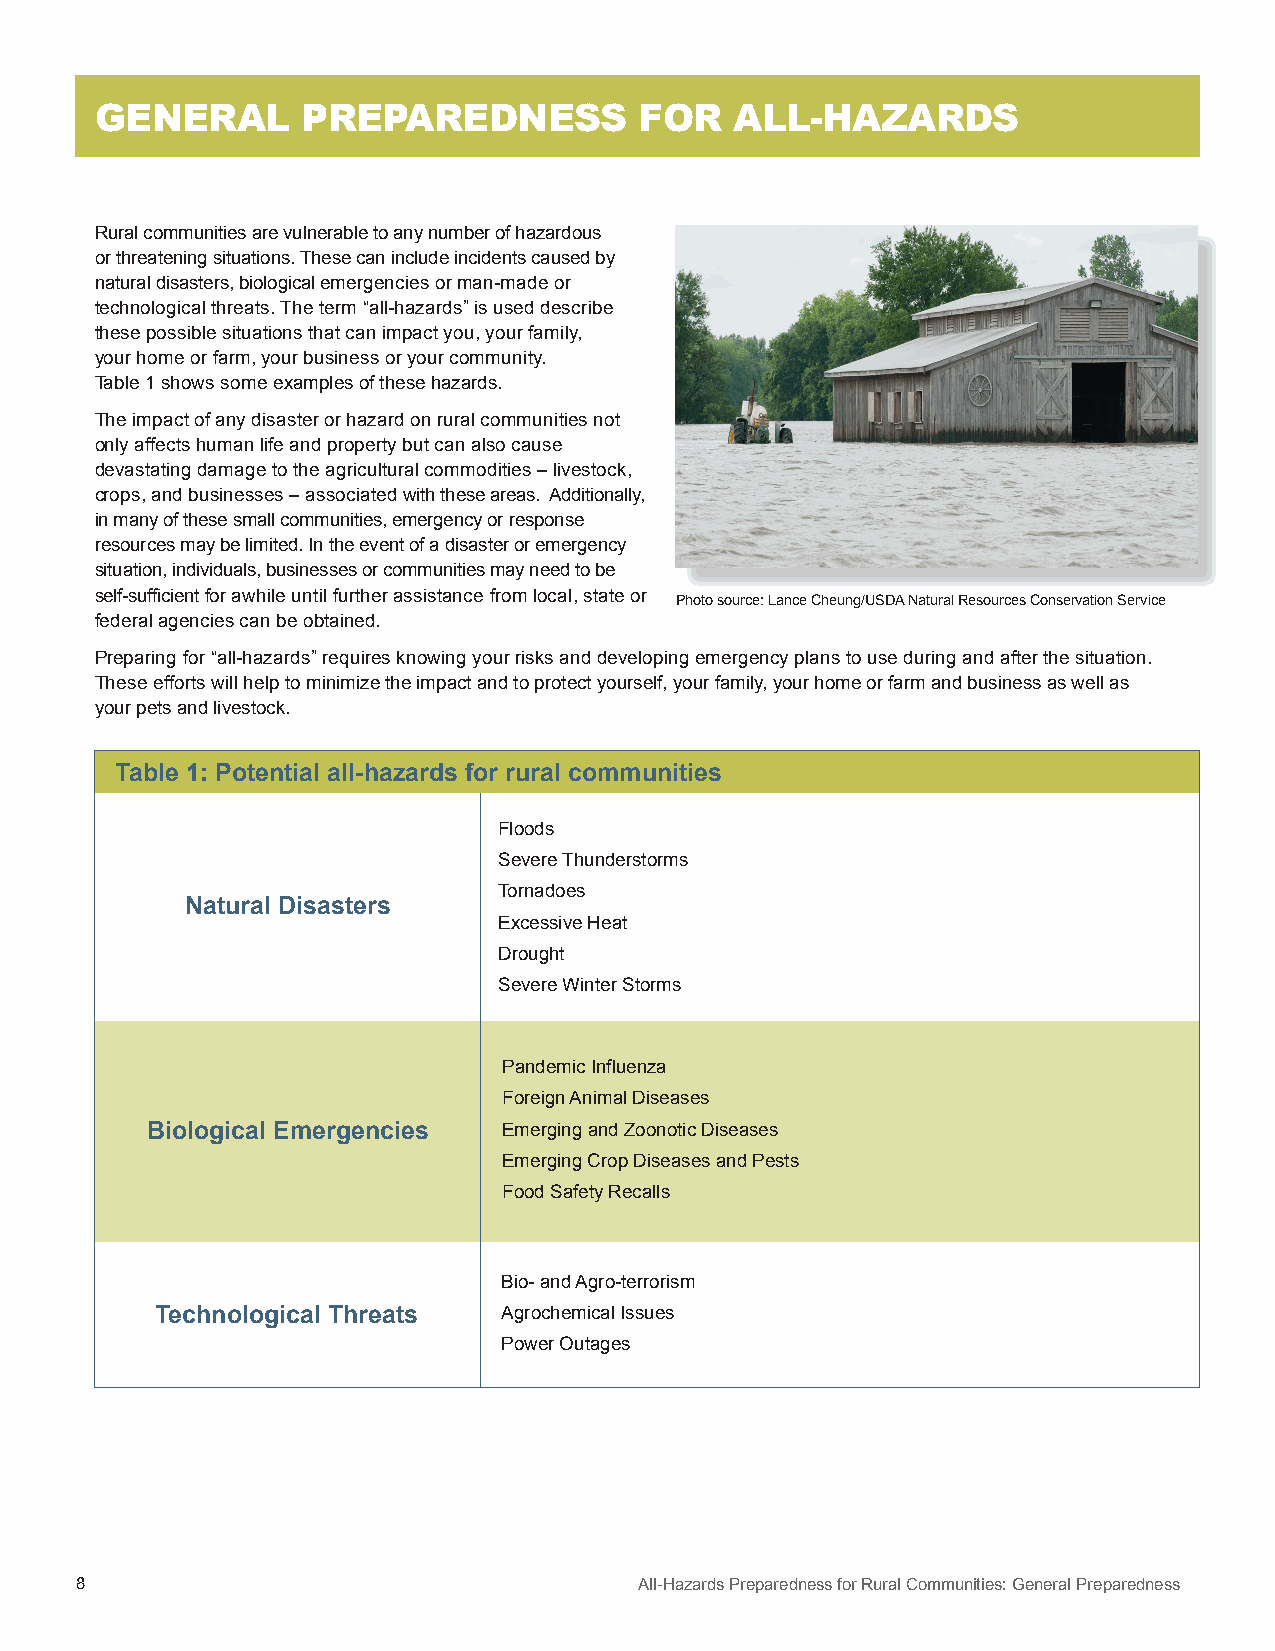
GENERAL       PREPAREDNESS          FOR    ALL-HAZARDS
 Rural communities are vulnerable to any number of hazardous
 or threatening situations. These can include incidents caused by
 natural disasters, biological emergencies or man-made or
 technological threats. The term “all-hazards” is used describe
 these possible situations that can impact you, your family,
 your home or farm, your business or your community.
 Table 1 shows some examples of these hazards.
 The impact of any disaster or hazard on rural communities not
 only affects human life and property but can also cause
 devastating damage to the agricultural commodities – livestock,
 crops, and businesses – associated with these areas. Additionally,
 in many of these small communities, emergency or response
 resources may be limited. In the event of a disaster or emergency
 situation, individuals, businesses or communities may need to be
 self-sufficient for awhile until further assistance from local, state or
 Photo source: Lance Cheung/USDA Natural Resources Conservation Service
 federal agencies can be obtained.
 Preparing for “all-hazards” requires knowing your risks and developing emergency plans to use during and after the situation.
 These efforts will help to minimize the impact and to protect yourself, your family, your home or farm and business as well as
 your pets and livestock.
 Table 1: Potential all-hazards for rural communities
 Floods
 Severe Thunderstorms
 Tornadoes
 Natural Disasters
 Excessive Heat
 Drought
 Severe Winter Storms
 Pandemic Influenza
 Foreign Animal Diseases
 Biological Emergencies Emerging and Zoonotic Diseases
 Emerging Crop Diseases and Pests
 Food Safety Recalls
 Bio- and Agro-terrorism
 Technological Threats  Agrochemical Issues
 Power Outages
 8                                    All-Hazards Preparedness for Rural Communities: General Preparedness